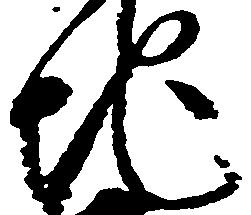
地